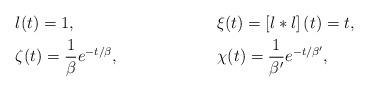
LaTeX: \begin{align*} & l(t)=1, & & \xi(t)=\left[l*l\right](t)=t,\\ & \zeta(t)=\frac{1}{\beta}e^{-t/\beta}, & & \chi(t)=\frac{1}{\beta'}e^{-t/\beta'},\end{align*}